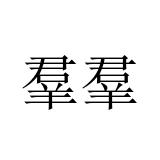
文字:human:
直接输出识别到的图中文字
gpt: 羣羣